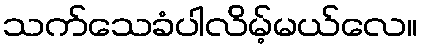
သက်သေခံပါလိမ့်မယ်လေ။